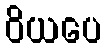
ဝိယပေ